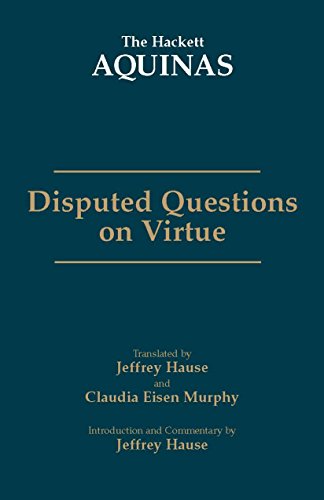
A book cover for Disputed Questions on Virtue (The Hackett Aquinas); Thomas Aquinas; Christian Books & Bibles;